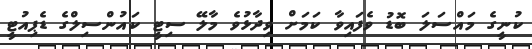
ކުނީގެ މައްސަލަ ބޮޑު ވެފައިވާ ކަމަށް ވިދާޅުވެ މާލޭ ސިޓީ ކައުންސިލްގެ ޑެޕިއުޓީ